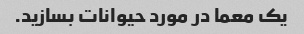
یک معما در مورد حیوانات بسازید.